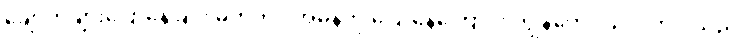
ချောက်ချားပြောနေခြင်း မဟုတ်ပဲ အမှန်ကို ပြောနေကြောင်း ကျွန်တော် သိလိုက်ပါသည်။